Annual report of the Central Committee of the Association together with the report of the directors of the Pasteur Institute at Kasauli
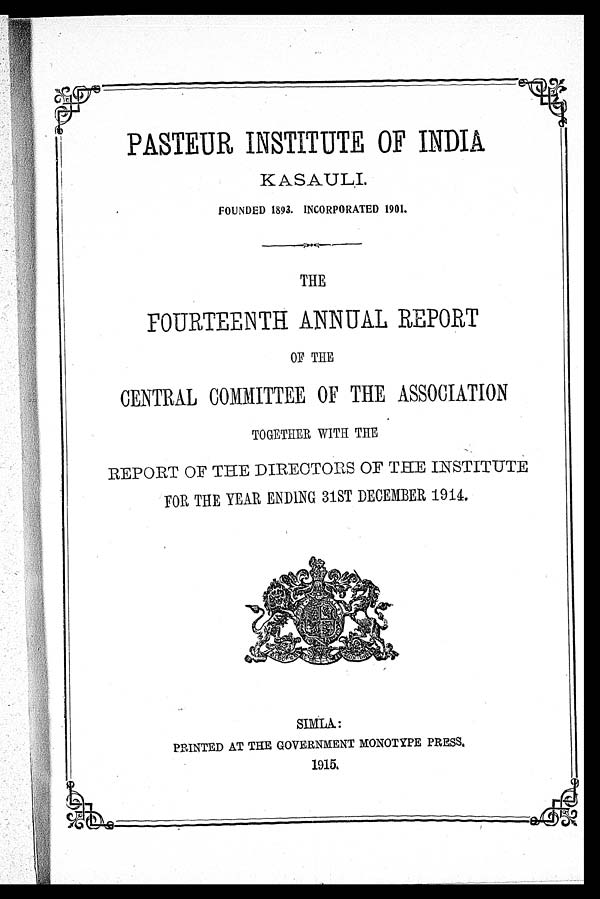
PASTEUR INSTITUTE OF INDIA
KASAULI.
FOUNDED 1893. INCORPORATED 1901.
THE
FOURTEENTH ANNUAL REPORT
OF THE
CENTRAL COMMITTEE OF THE ASSOCIATION
TOGETHER WITH THE
REPORT OF THE DIRECTORS OF THE INSTITUTE
FOR THE YEAR ENDING 31ST DECEMBER 1914.
[NLS note: a graphic appears here – see 74947992]
SIMLA:
PRINTED AT THE GOVERNMENT MONOTYPE PRESS.
1915.